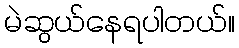
မဲဆွယ်နေရပါတယ်။